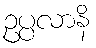
ဥပ္ပလာနိ